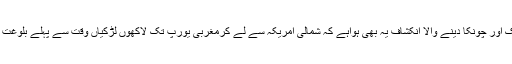
اسی رپورٹ میں ایک اور چونکا دینے والا انکشاف یہ بھی ہواہے کہ شمالی امریکہ سے لے کرمغربی یورپ تک لاکھوں لڑکیاں وقت سے پہلے بلوغت تک پہنچ جاتی ہیں ۔